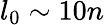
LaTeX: l_{0}\sim 10n